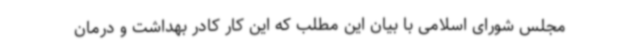
مجلس شورای اسلامی با بیان این مطلب که این کار کادر بهداشت و درمان